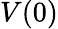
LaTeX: V(0)